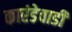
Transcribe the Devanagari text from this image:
कारंडेवाडी